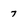
Character: 7